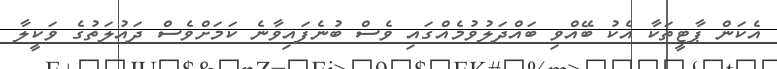
އެކަން ޕާޓީތަކާ އެކު ބޭއްވި ބައްދަލުވުމެއްގައި ވެސް ބުނެފައިވާނެ ކަމަށްވެސް ދައުލަތުގެ ވަކީލާ